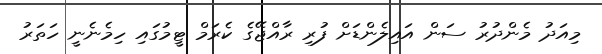
މިއަދު މެންދުރު ސަން އައިލެންޑަށް ފުރި ރާއްޖޭގެ ކެރަމް ޓީމުގައި ހިމެނެނީ ހަތަރު